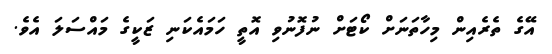
އޭގެ ތެރެއިން މިހާތަނަށް ކޯޓަށް ނުފޮނުވި އޮތީ ހަމައެކަނި ޒަކީގެ މައްސަލަ އެވެ.